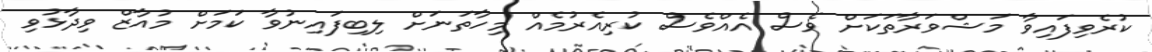
ކުރެވިފައިވާ މަޝްވަރާތަކަށް ވެސް އެއްވެސް ކުރިއެރުމެއް މިހާތަނަށް ލިބިފައިނުވާ ކަމަށް މުއާޒް ވިދާޅުވި